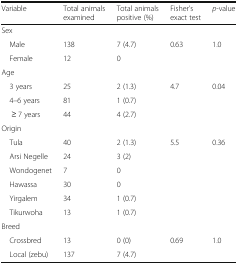
| Variable | Total animals examined | Total animals positive (%) | Fisher’s exact test | p-value |
 | --- | --- | --- | --- | --- |
 | <COLSPAN=5> Sex |
 | Male | 138 | 7 (4.7) | <ROWSPAN=2> 0.63 | <ROWSPAN=2> 1.0 |
 | Female | 12 | 0 |
 | <COLSPAN=5> Age |
 | 3 years | 25 | 2 (1.3) | <ROWSPAN=3> 4.7 | <ROWSPAN=3> 0.04 |
 | 4–6 years | 81 | 1 (0.7) |
 | ≥ 7 years | 44 | 4 (2.7) |
 | <COLSPAN=5> Origin |
 | Tula | 40 | 2 (1.3) | <ROWSPAN=6> 5.5 | <ROWSPAN=6> 0.36 |
 | Arsi Negelle | 24 | 3 (2) |
 | Wondogenet | 7 | 0 |
 | Hawassa | 30 | 0 |
 | Yirgalem | 34 | 1 (0.7) |
 | Tikurwoha | 13 | 1 (0.7) |
 | <COLSPAN=5> Breed |
 | Crossbred | 13 | 0 (0) | <ROWSPAN=2> 0.69 | <ROWSPAN=2> 1.0 |
 | Local (zebu) | 137 | 7 (4.7) |